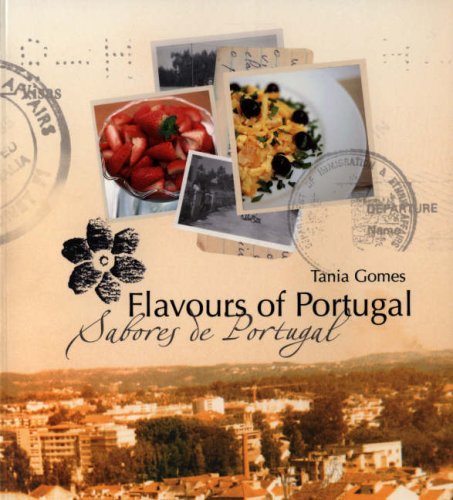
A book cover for Flavours of Portugal; Tania Gomes; Travel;